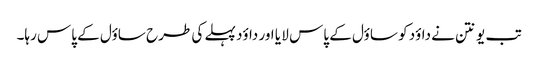
تب یونتن نے داؤد کو ساؤل کے پاس لا یا اور داؤد پہلے کی طرح ساؤل کے پاس رہا۔